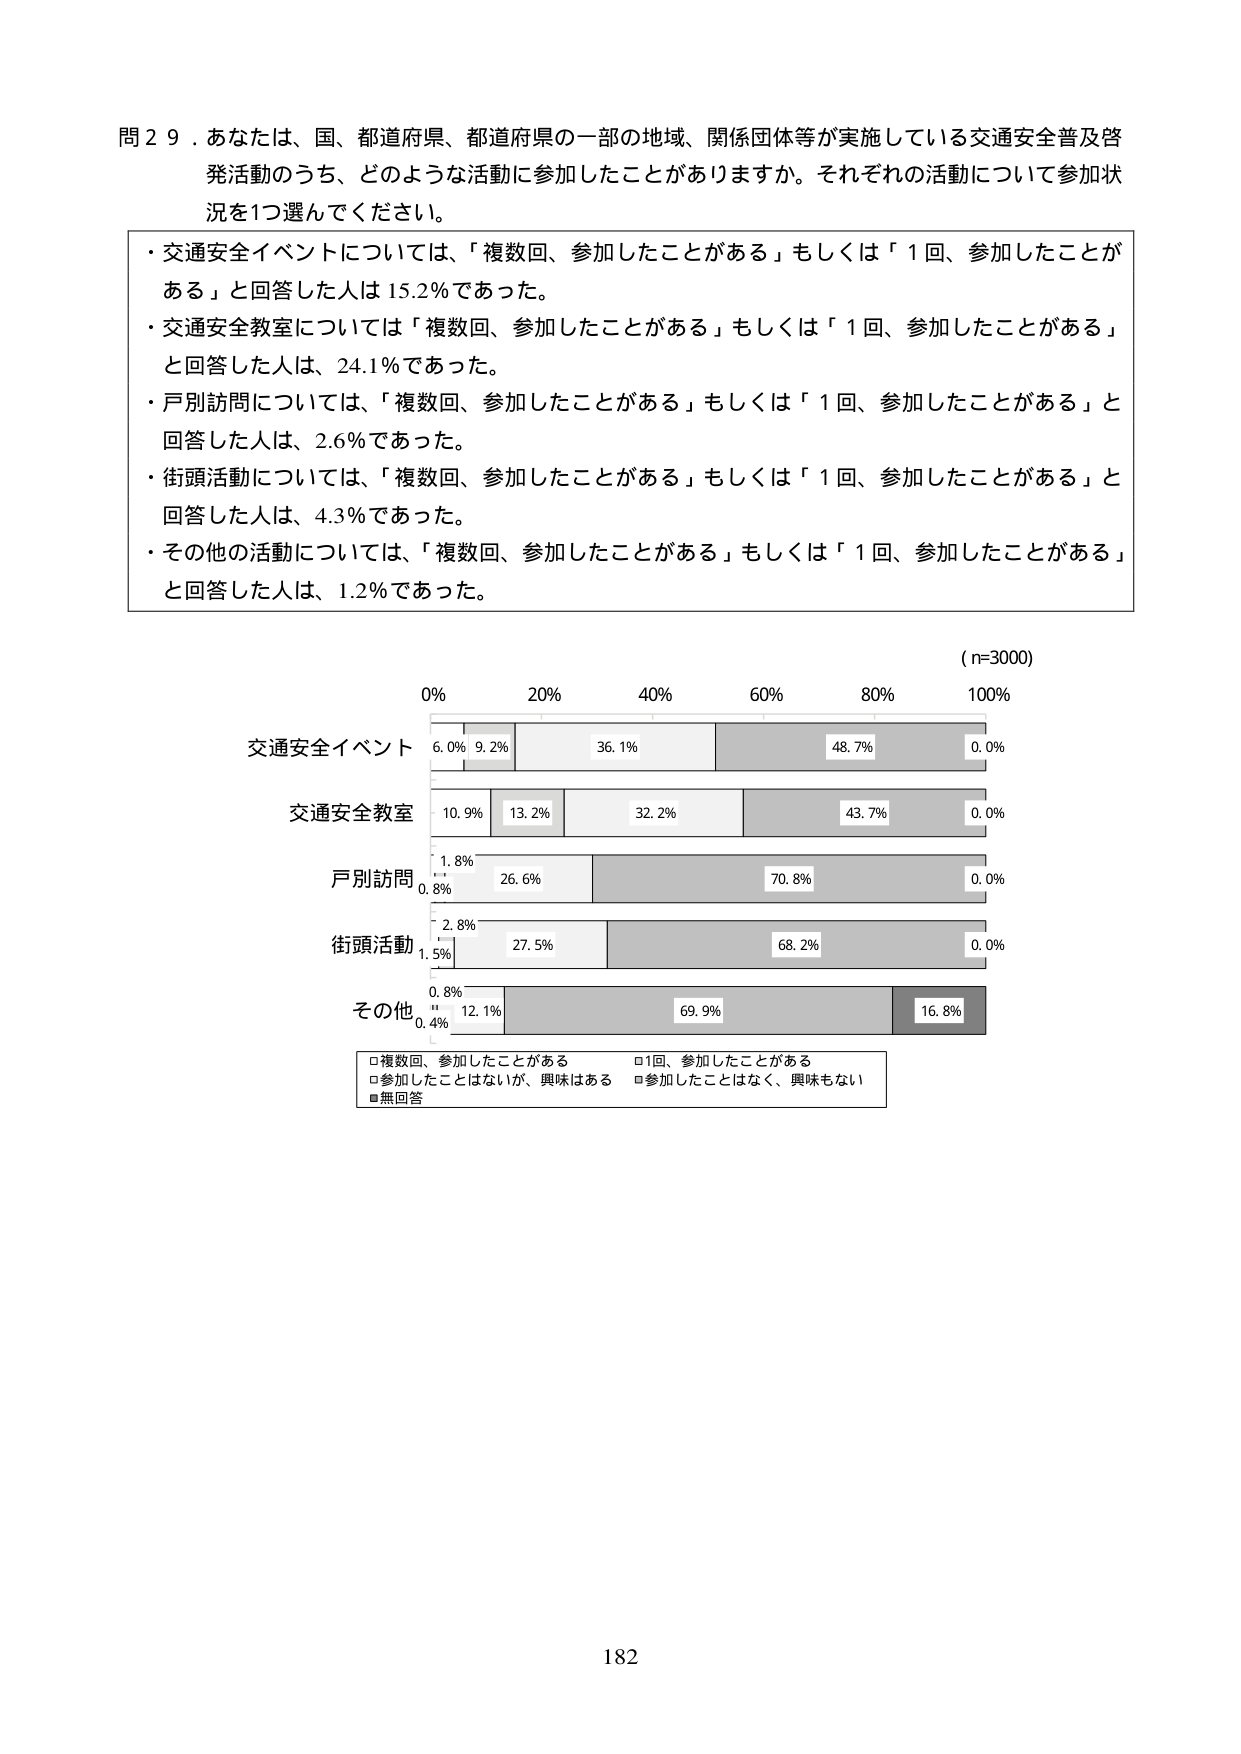
問２９．あなたは、国、都道府県、都道府県の一部の地域、関係団体等が実施している交通安全普及啓発活動のうち、どのような活動に参加したことがありますか。それぞれの活動について参加状況を1つ選んでください。

・交通安全イベントについては、「複数回、参加したことがある」もしくは「1回、参加したことがある」と回答した人は15.2％であった。
・交通安全教室については「複数回、参加したことがある」もしくは「1回、参加したことがある」と回答した人は、24.1％であった。
・戸別訪問については、「複数回、参加したことがある」もしくは「1回、参加したことがある」と回答した人は、2.6％であった。
・街頭活動については、「複数回、参加したことがある」もしくは「1回、参加したことがある」と回答した人は、4.3％であった。
・その他の活動については、「複数回、参加したことがある」もしくは「1回、参加したことがある」と回答した人は、1.2％であった。

（n=3000）

0% 20% 40% 60% 80% 100%

交通安全イベント
6.0% 9.2% 36.1% 48.7% 0.0%

交通安全教室
10.9% 13.2% 32.2% 43.7% 0.0%

戸別訪問
1.8% 26.6% 70.8% 0.0%
0.8%

街頭活動
2.8% 27.5% 68.2% 0.0%
1.5%

その他
0.8% 12.1% 69.9% 16.8%
0.4%

□複数回、参加したことがある □1回、参加したことがある
□参加したことはないが、興味はある □参加したことはなく、興味もない
■無回答

182